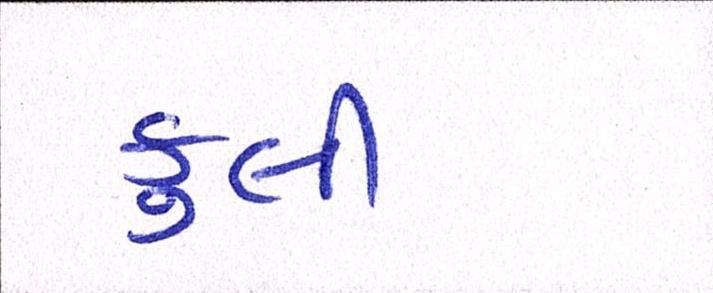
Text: કુલી